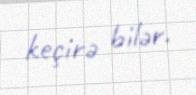
keçirə bilər.